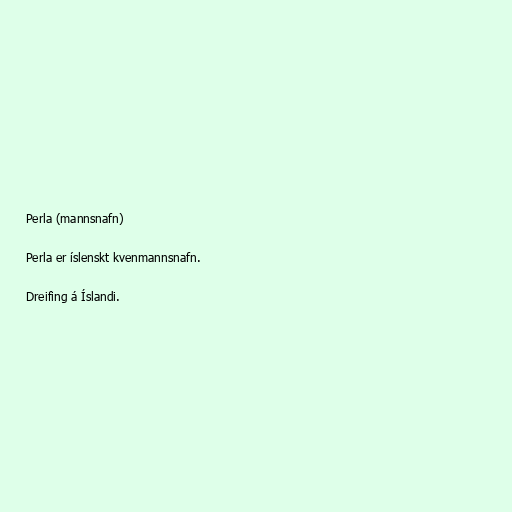
Perla (mannsnafn)

Perla er íslenskt kvenmannsnafn.

Dreifing á Íslandi.